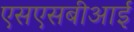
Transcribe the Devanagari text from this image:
एसएसबीआई